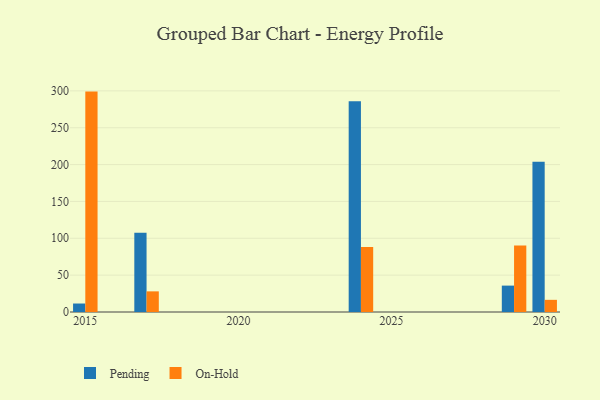
{"axis": {"x": "Year", "y": "Budget (USD K)"}, "legend": ["On-Hold", "Pending"], "data": [{"x": "2029", "y": 35.8, "type": "Pending"}, {"x": "2029", "y": 90.2, "type": "On-Hold"}, {"x": "2030", "y": 203.9, "type": "Pending"}, {"x": "2030", "y": 16.5, "type": "On-Hold"}, {"x": "2024", "y": 285.9, "type": "Pending"}, {"x": "2024", "y": 88.2, "type": "On-Hold"}, {"x": "2017", "y": 107.6, "type": "Pending"}, {"x": "2017", "y": 28.0, "type": "On-Hold"}, {"x": "2015", "y": 11.5, "type": "Pending"}, {"x": "2015", "y": 299.0, "type": "On-Hold"}]}